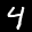
Digit: 4